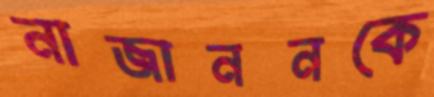
নাজাননকে